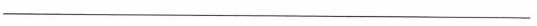
___